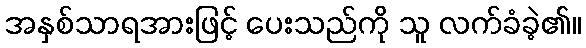
အနှစ်သာရအားဖြင့် ပေးသည်ကို သူ လက်ခံခဲ့၏။